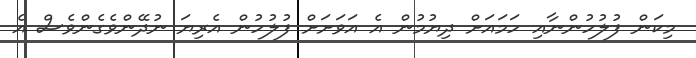
މިކަން ފުލުހުންނާއި ހަމައަށް ދިޔުމުން އެ އަވަށަށް ފުލުހުން އެރިޔަ ނުދޭންވެގެންވެސް އެ